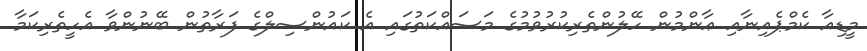
މީޑިއާ ކެމްޕެއިނާއި ޢާންމުން ހޭލުންތެރިކުރުވުމުގެ މަސައްކަތުގައި އެ ކައުންސިލްގެ ފަރާތުން ބޭނުންވާ އެހީތެރިކަމާ